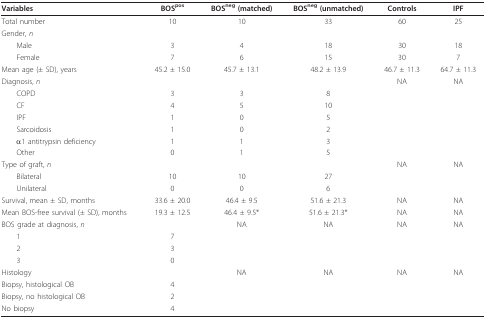
| Variables | BOSpos | BOSneg (matched) | BOSneg (unmatched) | Controls | IPF |
 | --- | --- | --- | --- | --- | --- |
 | Total number | 10 | 10 | 33 | 60 | 25 |
 | Gender, n |  |  |  |  |  |
 | Male | 3 | 4 | 18 | 30 | 18 |
 | Female | 7 | 6 | 15 | 30 | 7 |
 | Mean age (± SD), years | 45.2 ± 15.0 | 45.7 ± 13.1 | 48.2 ± 13.9 | 46.7 ± 11.3 | 64.7 ± 11.3 |
 | Diagnosis, n |  |  |  | NA | NA |
 | COPD | 3 | 3 | 8 |  |  |
 | CF | 4 | 5 | 10 |  |  |
 | IPF | 1 | 0 | 5 |  |  |
 | Sarcoidosis | 1 | 0 | 2 |  |  |
 | α1 antitrypsin deficiency | 1 | 1 | 3 |  |  |
 | Other | 0 | 1 | 5 |  |  |
 | Type of graft, n |  |  |  | NA | NA |
 | Bilateral | 10 | 10 | 27 |  |  |
 | Unilateral | 0 | 0 | 6 |  |  |
 | Survival, mean ± SD, months | 33.6 ± 20.0 | 46.4 ± 9.5 | 51.6 ± 21.3 | NA | NA |
 | Mean BOS-free survival (± SD), months | 19.3 ± 12.5 | 46.4 ± 9.5* | 51.6 ± 21.3* | NA | NA |
 | BOS grade at diagnosis, n |  | NA | NA | NA | NA |
 | 1 | 7 |  |  |  |  |
 | 2 | 3 |  |  |  |  |
 | 3 | 0 |  |  |  |  |
 | Histology |  | NA | NA | NA | NA |
 | Biopsy, histological OB | 4 |  |  |  |  |
 | Biopsy, no histological OB | 2 |  |  |  |  |
 | No biopsy | 4 |  |  |  |  |